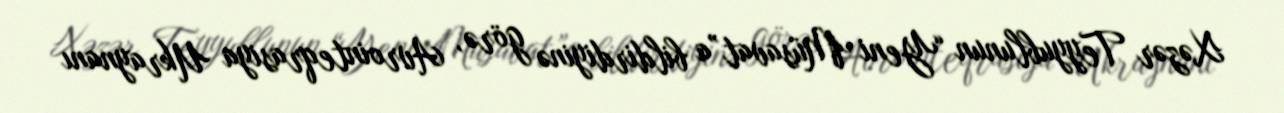
Xəzər Teyyublunun “Yeni Müsavat”a bildirdiyinə görə, Avrointeqrasiya Ukraynanı